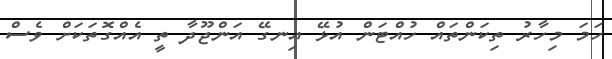
ހަމަ މިހާރު ތިކަންތައް ހުއްޓަން އުޅޭ އިނގޭ އަންޖޫދާ ތީ އެއްގޮތަކަށް ވެސް